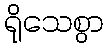
ရိုသေစွာ